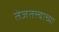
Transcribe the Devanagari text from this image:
तेजतत्त्वाच्या